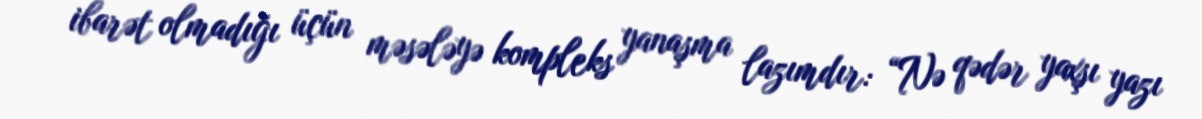
ibarət olmadığı üçün məsələyə kompleks yanaşma lazımdır: “Nə qədər yaxşı yazı